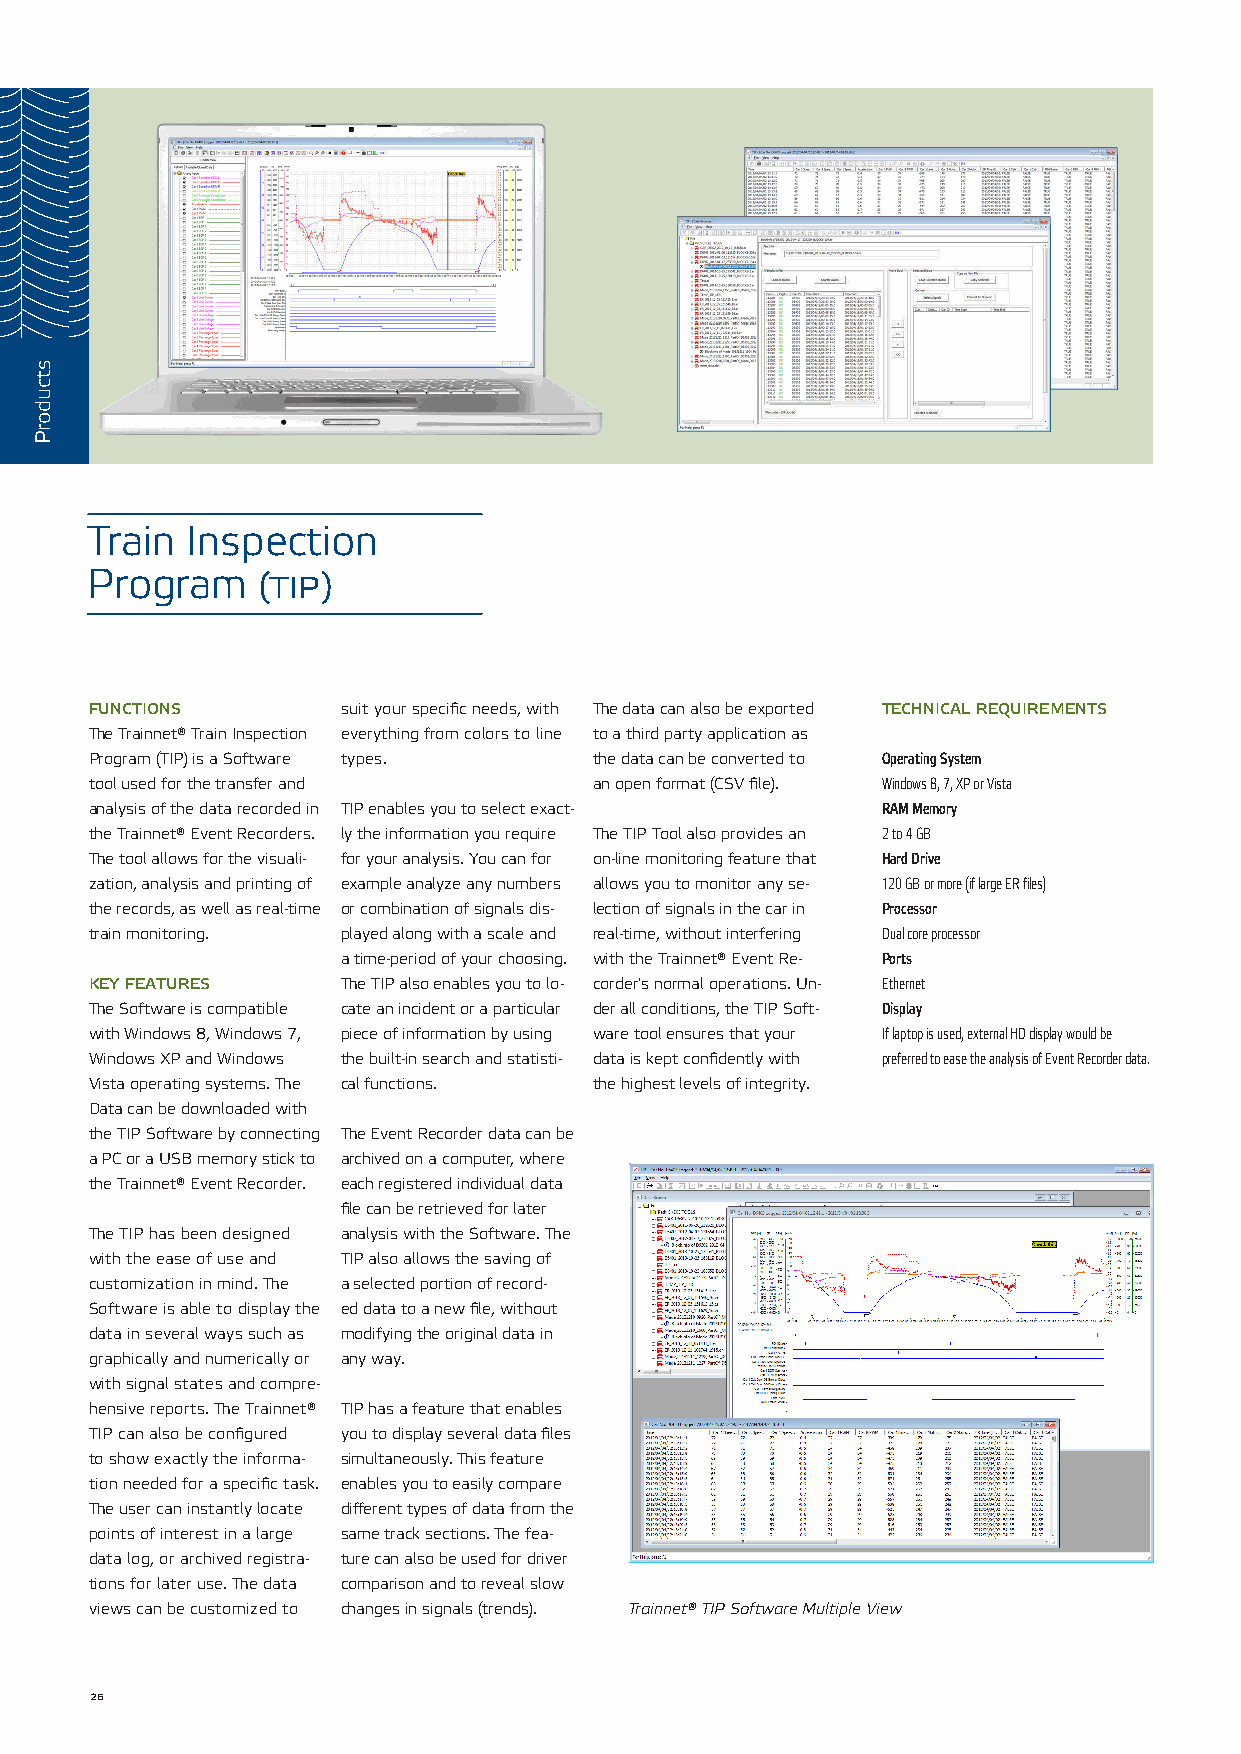
Train Inspection
 Program    (tip)
 functions        suit your specific needs, with The data can also be exported technical requirements
 The Trainnet® Train Inspection everything from colors to line to a third party application as
 Program (TIP) is a Software types. the data can be converted to Operating System
 tool used for the transfer and   an open format (CSV file). Windows 8, 7, XP or Vista
 analysis of the data recorded in TIP enables you to select exact- RAM Memory
 the Trainnet® Event Recorders. ly the information you require The TIP Tool also provides an 2 to 4 GB
 The tool allows for the visuali- for your analysis. You can for on-line monitoring feature that Hard Drive
 zation, analysis and printing of example analyze any numbers allows you to monitor any se- 120 GB or more (if large ER files)
 the records, as well as real-time or combination of signals dis- lection of signals in the car in Processor
 train monitoring. played along with a scale and real-time, without interfering Dual core processor
 a time-period of your choosing. with the Trainnet® Event Re- Ports
 key features     The TIP also enables you to lo- corder's normal operations. Un- Ethernet
 The Software is compatible cate an incident or a particular der all conditions, the TIP Soft- Display
 with Windows 8, Windows 7, piece of information by using ware tool ensures that your If laptop is used, external HD display would be
 Windows XP and Windows the built-in search and statisti- data is kept confidently with preferred to ease the analysis of Event Recorder data.
 Vista operating systems. The cal functions. the highest levels of integrity.
 Data can be downloaded with
 the TIP Software by connecting The Event Recorder data can be
 a PC or a USB memory stick to archived on a computer, where
 the Trainnet® Event Recorder. each registered individual data
 file can be retrieved for later
 The TIP has been designed analysis with the Software. The
 with the ease of use and TIP also allows the saving of
 customization in mind. The a selected portion of record-
 Software is able to display the ed data to a new file, without
 data in several ways such as modifying the original data in
 graphically and numerically or any way.
 with signal states and compre-
 hensive reports. The Trainnet® TIP has a feature that enables
 TIP can also be configured you to display several data files
 to show exactly the informa- simultaneously. This feature
 tion needed for a specific task. enables you to easily compare
 The user can instantly locate different types of data from the
 points of interest in a large same track sections. The fea-
 data log, or archived registra- ture can also be used for driver
 tions for later use. The data comparison and to reveal slow
 views can be customized to changes in signals (trends). Trainnet® TIP Software Multiple View
 26
 stcudorP